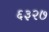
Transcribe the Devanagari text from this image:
६३२७